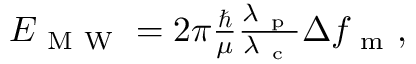
\begin{array} { r } { E _ { \mathrm { ~ M ~ W ~ } } = 2 \pi \frac { \hbar } { \mu } \frac { \lambda _ { \mathrm { ~ p ~ } } } { \lambda _ { \mathrm { ~ c ~ } } } \Delta { f _ { \mathrm { ~ m ~ } } } , } \end{array}